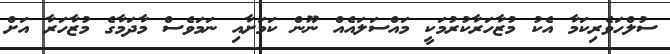
ސުލްހަވެރިކަމާ އެކު މުޒާހަރާކުރުމަކީ މައްސަލައެއް ނޫން ކަމަށާއި ނަމަވެސް މާދަމާގެ މުޒާހަރާ އަށް